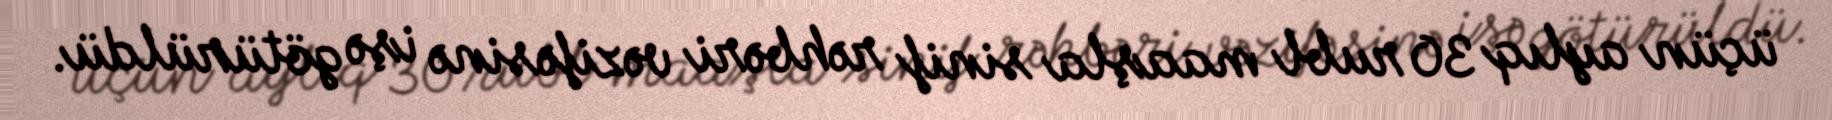
üçün aylıq 30 rubl maaşla sinif rəhbəri vəzifəsinə işə götürüldü.